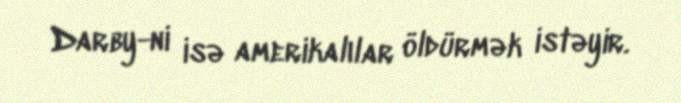
Darby-ni isə amerikalılar öldürmək istəyir.